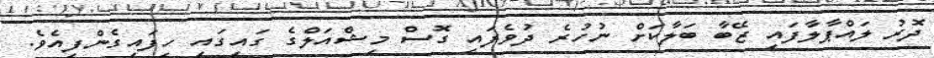
ދޮރު ލައްޕާލާފައި ޒޭބާ ބަލާކަށް ނުހުރެ ދުވެފައި ގޮސް މިޝްއަލްގެ ގައިގައި ހިފައިގެންފިއެވެ.